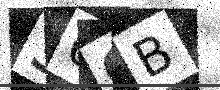
Text: 36OB